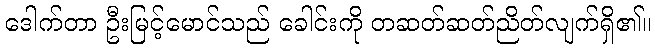
ဒေါက်တာ ဦးမြင့်မောင်သည် ခေါင်းကို တဆတ်ဆတ်ညိတ်လျက်ရှိ၏။